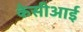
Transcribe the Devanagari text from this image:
केसीआई